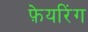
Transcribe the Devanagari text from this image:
फ़ेयरिंग